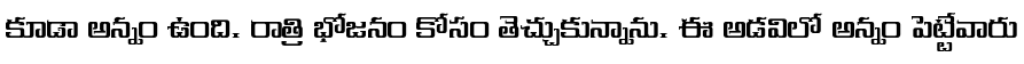
కూడా అన్నం ఉంది. రాత్రి భోజనం కోసం తెచ్చుకున్నాను. ఈ అడవిలో అన్నం పెట్టేవారు